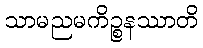
သာမညမကိဉ္စနဿာတိ